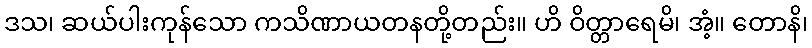
ဒသ၊ ဆယ်ပါးကုန်သော ကသိဏာယတနတို့တည်း။ ဟိ ဝိတ္တာရေမိ၊ အံ့။ တောနိ၊